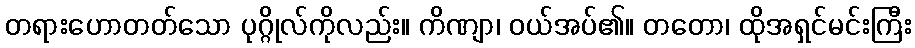
တရားဟောတတ်သော ပုဂ္ဂိုလ်ကိုလည်း။ ကိဏျာ၊ ဝယ်အပ်၏။ တတော၊ ထိုအရှင်မင်းကြီး